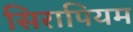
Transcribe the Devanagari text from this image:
सिरापियम